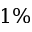
1 \%